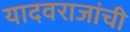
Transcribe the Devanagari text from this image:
यादवराजांची